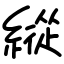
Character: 縱